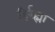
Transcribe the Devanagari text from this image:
हिर्रह्मा